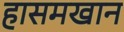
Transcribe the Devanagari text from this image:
हासमखान